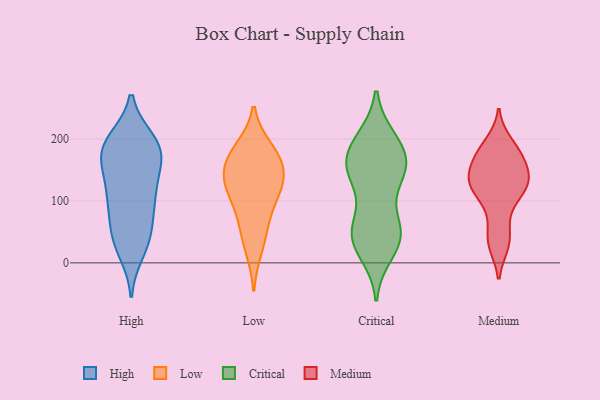
{"axis": {"x": "Satisfaction Score", "y": "Value"}, "legend": ["Critical", "High", "Low", "Medium"], "data": [{"x": "", "y": 198, "type": "High"}, {"x": "", "y": 183, "type": "High"}, {"x": "", "y": 197, "type": "High"}, {"x": "", "y": 197, "type": "High"}, {"x": "", "y": 160, "type": "High"}, {"x": "", "y": 116, "type": "High"}, {"x": "", "y": 152, "type": "High"}, {"x": "", "y": 108, "type": "High"}, {"x": "", "y": 32, "type": "High"}, {"x": "", "y": 118, "type": "High"}, {"x": "", "y": 101, "type": "High"}, {"x": "", "y": 44, "type": "High"}, {"x": "", "y": 18, "type": "High"}, {"x": "", "y": 38, "type": "High"}, {"x": "", "y": 66, "type": "High"}, {"x": "", "y": 181, "type": "High"}, {"x": "", "y": 177, "type": "High"}, {"x": "", "y": 170, "type": "High"}, {"x": "", "y": 85, "type": "High"}, {"x": "", "y": 126, "type": "Low"}, {"x": "", "y": 184, "type": "Low"}, {"x": "", "y": 55, "type": "Low"}, {"x": "", "y": 23, "type": "Low"}, {"x": "", "y": 145, "type": "Low"}, {"x": "", "y": 117, "type": "Low"}, {"x": "", "y": 174, "type": "Low"}, {"x": "", "y": 116, "type": "Low"}, {"x": "", "y": 173, "type": "Low"}, {"x": "", "y": 148, "type": "Low"}, {"x": "", "y": 79, "type": "Low"}, {"x": "", "y": 134, "type": "Critical"}, {"x": "", "y": 151, "type": "Critical"}, {"x": "", "y": 200, "type": "Critical"}, {"x": "", "y": 16, "type": "Critical"}, {"x": "", "y": 42, "type": "Critical"}, {"x": "", "y": 191, "type": "Critical"}, {"x": "", "y": 155, "type": "Critical"}, {"x": "", "y": 46, "type": "Critical"}, {"x": "", "y": 150, "type": "Critical"}, {"x": "", "y": 55, "type": "Critical"}, {"x": "", "y": 66, "type": "Critical"}, {"x": "", "y": 150, "type": "Critical"}, {"x": "", "y": 52, "type": "Critical"}, {"x": "", "y": 25, "type": "Critical"}, {"x": "", "y": 200, "type": "Critical"}, {"x": "", "y": 136, "type": "Critical"}, {"x": "", "y": 46, "type": "Critical"}, {"x": "", "y": 176, "type": "Critical"}, {"x": "", "y": 176, "type": "Critical"}, {"x": "", "y": 29, "type": "Medium"}, {"x": "", "y": 149, "type": "Medium"}, {"x": "", "y": 191, "type": "Medium"}, {"x": "", "y": 121, "type": "Medium"}, {"x": "", "y": 37, "type": "Medium"}, {"x": "", "y": 30, "type": "Medium"}, {"x": "", "y": 173, "type": "Medium"}, {"x": "", "y": 173, "type": "Medium"}, {"x": "", "y": 123, "type": "Medium"}, {"x": "", "y": 152, "type": "Medium"}, {"x": "", "y": 156, "type": "Medium"}, {"x": "", "y": 132, "type": "Medium"}, {"x": "", "y": 174, "type": "Medium"}, {"x": "", "y": 129, "type": "Medium"}, {"x": "", "y": 63, "type": "Medium"}, {"x": "", "y": 88, "type": "Medium"}, {"x": "", "y": 194, "type": "Medium"}, {"x": "", "y": 122, "type": "Medium"}, {"x": "", "y": 115, "type": "Medium"}, {"x": "", "y": 125, "type": "Medium"}]}